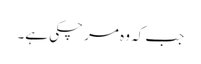
جب کہ وہ مر چکی ہے۔